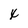
Character: x